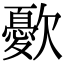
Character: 㱊